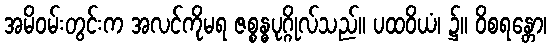
အမိဝမ်းတွင်းက အလင်ကိုမရ ဇစ္စန္ဓပုဂ္ဂိုလ်သည်။ ပထဝိယံ၊ ၌။ ဝိစရန္တော၊